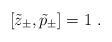
\begin{align*}[\tilde{z}_{\pm},\tilde{p}_{\pm}]=1~.\end{align*}